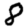
Digit: 8